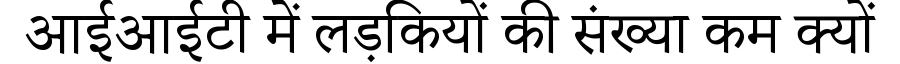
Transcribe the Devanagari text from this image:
आईआईटी में लड़कियों की संख्या कम क्यों